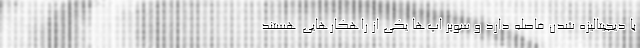
با دیجیتالیزه شدن فاصله دارد و سوپر اپ‌ها یکی از راهکارهایی هستند